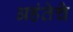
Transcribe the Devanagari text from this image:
अहंतेचे